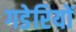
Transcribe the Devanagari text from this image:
गडेरियों